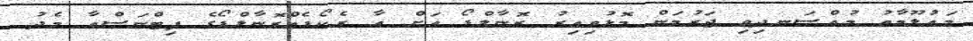
މައުލޫމާތު މުއްސަނދިވި ޖަރުމަން މޮޅުވިއިރު ރޮނާލްޑޯ އަށް އާ ރެކޯޑެއްރޮނާލްޑޯގެ ފިޓްނަސްއާ މެދު